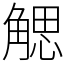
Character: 䚡